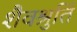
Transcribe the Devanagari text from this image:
शैवश्रुतिं